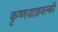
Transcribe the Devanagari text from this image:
कृष्णयाज्ञवल्की